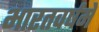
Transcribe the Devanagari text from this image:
भारतवर्षमें